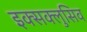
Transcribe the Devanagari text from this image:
इक्सक्लुसिव